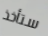
ستأخذ